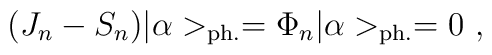
(J_n - S_n)  | \alpha >_{{\rm ph.}} = \Phi_n  | \alpha >_{{\rm ph.}} = 0~,